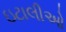
ઇટાલીઓ